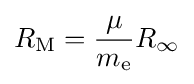
R_{\text{M}}={\frac {\mu }{m_{\text{e}}}}R_{\infty }